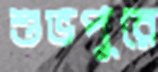
শুভপুরে